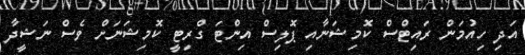
އަދި ހިއުމަން ރައިޓްސް ކޮމިޝަނާއި ޕޮލިސް އިންޓަ ގްރިޓީ ކޮމިޝަނަށް ވެސް ނަޝީދާ